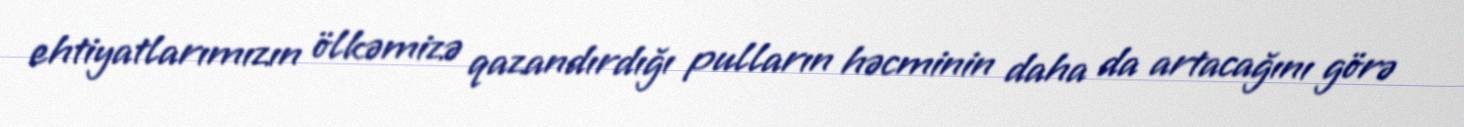
ehtiyatlarımızın ölkəmizə qazandırdığı pulların həcminin daha da artacağını görə